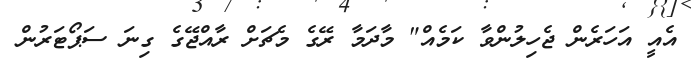
އެއީ އަހަރެން ޖެހިލުންވާ ކަމެއް" މާދަމާ ރޭގެ މެޗަށް ރާއްޖޭގެ ގިނަ ސަޕޯޓަރުން